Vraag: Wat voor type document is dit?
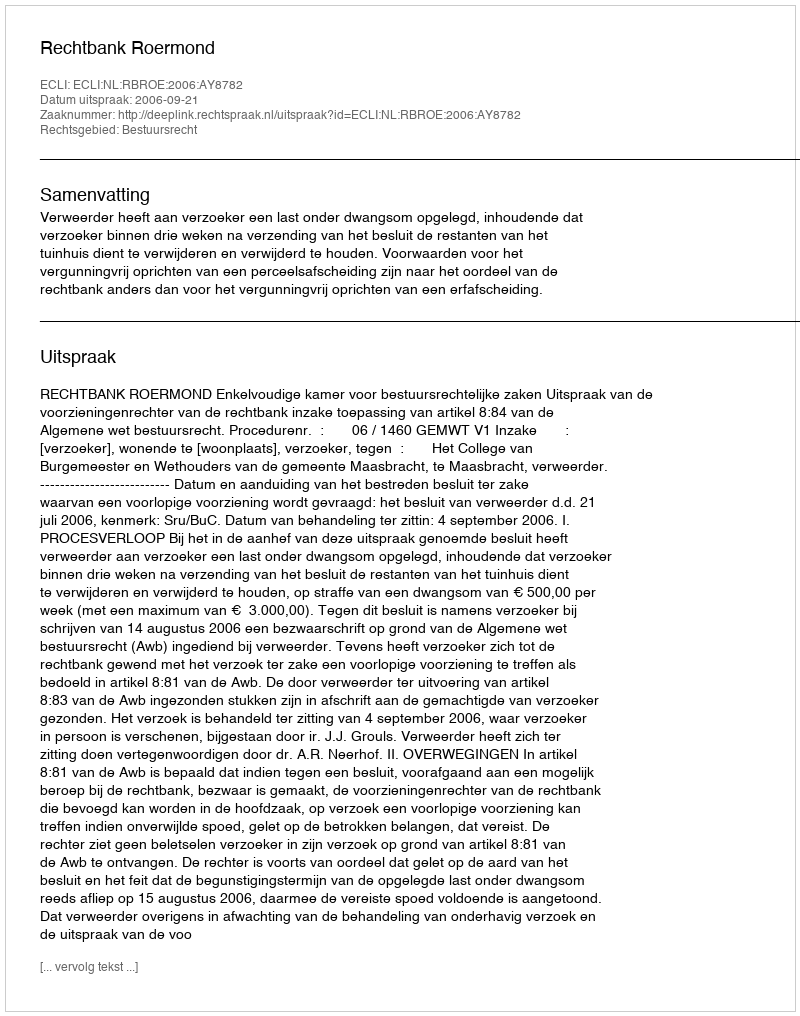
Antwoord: Uitspraak